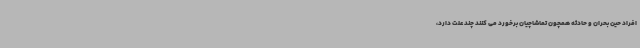
افراد حین بحران و حادثه همچون تماشاچیان برخورد می کنند چند علت دارد،